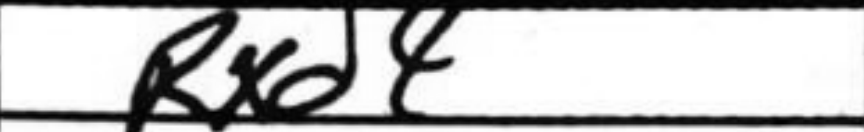
Transcription: Rxd4